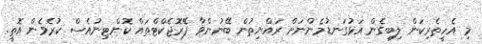
މި އެހީތެރިކަން ލިބިގެން އަޅުގަނޑުމެންނަށް ރައްޔިތުން ބޭނުންވާ ޕްެރޮޖެކްޓްތައް ކޮންޓިނުއެސް ކުރެވެން އޮތީ.